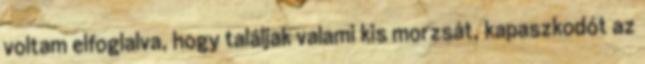
voltam elfoglalva, hogy találjak valami kis morzsát, kapaszkodót az